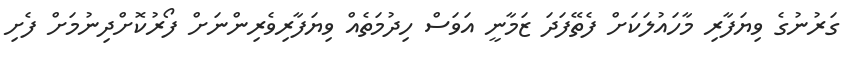
ގަރުނުގެ ވިޔަފާރި މާހައުލަކަށް ފެތޭފަދަ ޒަމާނީ އަވަސް ހިދުމަތެއް ވިޔަފާރިވެރިންނަށް ފޯރުކޮށްދިނުމަށް ފެށި